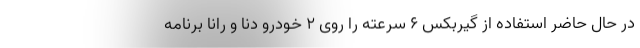
در حال حاضر استفاده از گیربکس ۶ سرعته را روی ۲ خودرو دنا و رانا برنامه